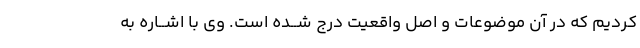
کردیم که در آن موضوعات و اصل واقعیت درج شــده است. وی با اشــاره به